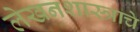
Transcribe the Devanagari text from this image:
लेखनशास्त्राचे